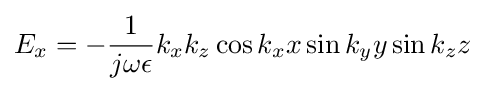
E_{x}=-{\frac {1}{j\omega \epsilon }}k_{x}k_{z}\cos k_{x}x\sin k_{y}y\sin k_{z}z